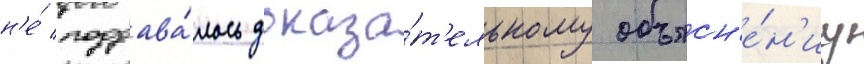
н'е́ поддава́лось доказа́т'ельному объясн'е́н'иу